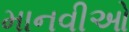
માનવીઓ